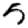
Digit: 5